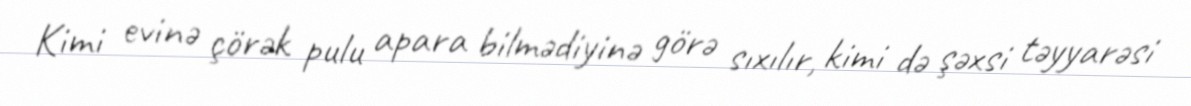
Kimi evinə çörək pulu apara bilmədiyinə görə sıxılır, kimi də şəxsi təyyarəsi